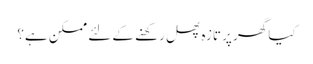
کیا گھر پر تازہ پھل رکھنے کے لئے ممکن ہے؟